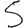
Digit: 5